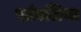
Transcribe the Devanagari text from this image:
सांवलिया